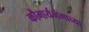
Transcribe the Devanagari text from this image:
कौमार्यभंगाच्या